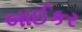
બાઈકર